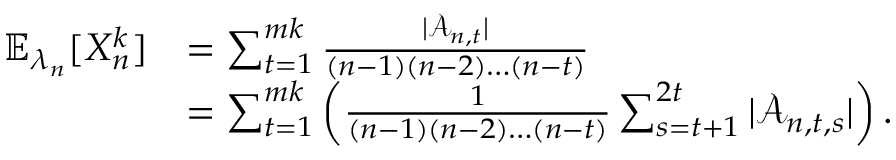
\begin{array} { r l } { \mathbb { E } _ { \lambda _ { n } } [ X _ { n } ^ { k } ] } & { = \sum _ { t = 1 } ^ { m k } \frac { | \mathcal { A } _ { n , t } | } { ( n - 1 ) ( n - 2 ) \dots ( n - t ) } } \\ & { = \sum _ { t = 1 } ^ { m k } \left( \frac { 1 } { ( n - 1 ) ( n - 2 ) \dots ( n - t ) } \sum _ { s = t + 1 } ^ { 2 t } | \mathcal { A } _ { n , t , s } | \right) . } \end{array}